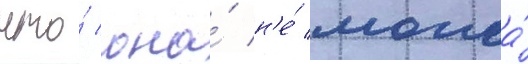
что́ она́ н'е́ могла́